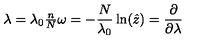
\begin{matrix} { \lambda = \lambda _ { 0 } \frac { n } { N } } \\ { \omega = - \frac { N } { \lambda _ { 0 } } \ln ( \hat { z } ) = \frac { \partial } { \partial \lambda } } \\ \end{matrix}